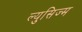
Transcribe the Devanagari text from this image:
ल्युसिज्म